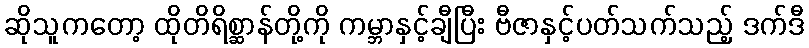
ဆိုသူကတော့ ထိုတိရိစ္ဆာန်တို့ကို ကမ္ဘာနှင့်ချီပြီး ဗီဇာနှင့်ပတ်သက်သည့် ဒက်ဒီ